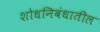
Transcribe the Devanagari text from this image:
शोधनिबंधातील